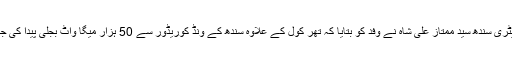
چیف سیکریٹری سندھ سید ممتاز علی شاہ نے وفد کو بتایا کہ تھر کول کے علاوہ سندھ کے ونڈ کوریڈور سے 50 ہزار میگا واٹ بجلی پیدا کی جا سکتی ہے۔